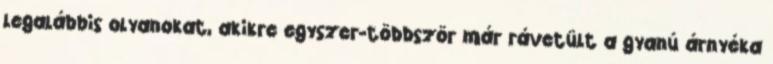
legalábbis olyanokat, akikre egyszer-többször már ráve­tült a gya­nú árnyé­ka